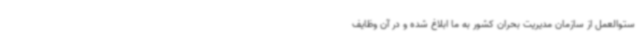
ستوالعمل‌ از سازمان مدیریت بحران کشور به ما ابلاغ شده و در آن وظایف